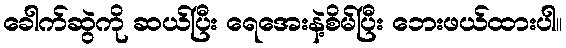
ခေါက်ဆွဲကို ဆယ်ပြီး ရေအေးနဲ့စိမ်ပြီး ဘေးဖယ်ထားပါ။